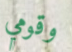
وقومي